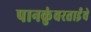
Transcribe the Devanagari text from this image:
पानकुंवरताईंचे